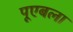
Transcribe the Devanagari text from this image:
पूएबला